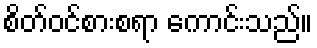
စိတ်ဝင်စားစရာ ကောင်းသည်။